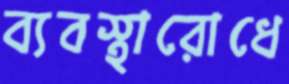
ব্যবস্থারোধে